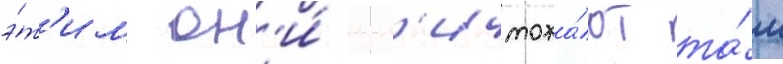
э́т'им он'и́ ун'ичтожа́ют та́м